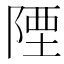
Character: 陻